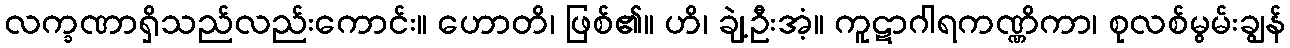
လက္ခဏာရှိသည်လည်းကောင်း။ ဟောတိ၊ ဖြစ်၏။ ဟိ၊ ချဲ့ဦးအံ့။ ကူဋာဂါရကဏ္ဏိကာ၊ စုလစ်မွမ်းချွန်